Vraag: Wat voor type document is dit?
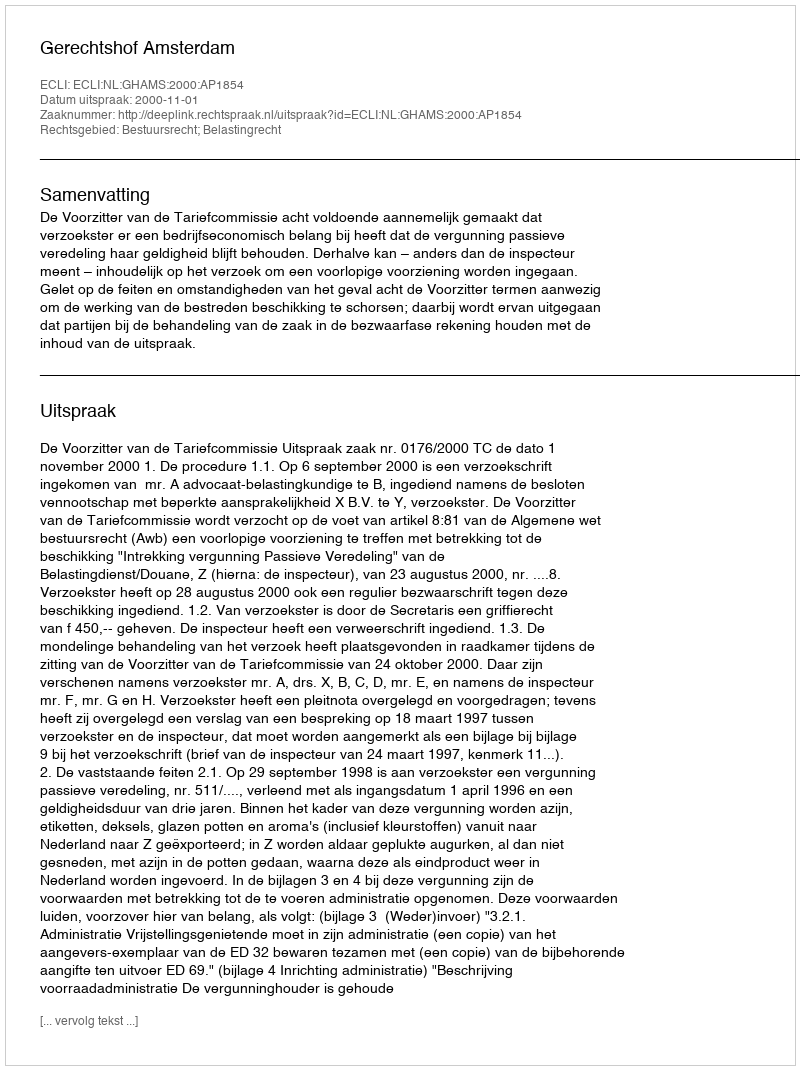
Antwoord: Uitspraak